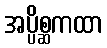
အပ္ပိစ္ဆကထာ